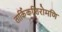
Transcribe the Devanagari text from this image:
तार्किकशिरोमणि